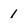
Character: 1